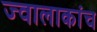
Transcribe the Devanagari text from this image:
ज्वालाकांच